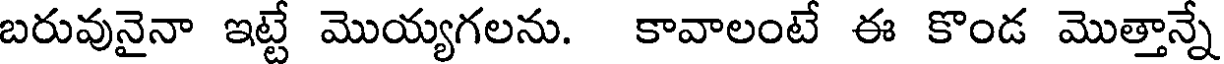
బరువునైనా ఇట్టే మొయ్యగలను. కావాలంటే ఈ కొండ మొత్తాన్నే